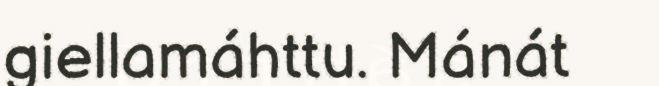
giellamáhttu. Mánát